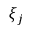
\xi _ { j }